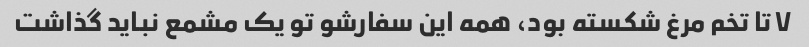
۷ تا تخم مرغ شکسته بود، همه این سفارشو تو یک مشمع نباید گذاشت